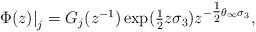
LaTeX: \begin{align*}\left.\Phi(z)\right|_j=G_j(z^{-1})\exp(\tfrac{1}{2}z\sigma_3) z^{-\tfrac{1}{2}\theta_\infty\sigma_3},\end{align*}